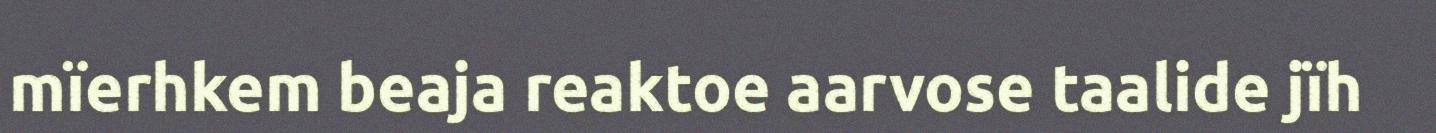
mïerhkem beaja reaktoe aarvose taalide jïh